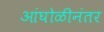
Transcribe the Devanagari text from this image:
आंघोळीनंतर